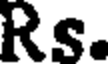
Rs.